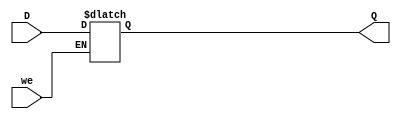
module mf_reg(
    input wire  we,
    input wire [31:0] D,
    output reg [31:0] Q

    );
    
    always @ *
        case(we)
        1'b00: Q <= Q;
        1'b01: Q <= D;
    endcase
endmodule